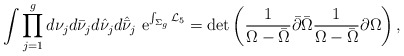
\begin{align*}\int\prod_{j=1}^gd\nu_jd\bar\nu_jd\hat\nu_jd\hat{\bar \nu}_j\,\,{\rm e}^{\int_{\Sigma_g}{\cal L}_5}=\det\left({1\over \Omega-\bar\Omega}\bar\partial\bar\Omega{1\over \Omega-\bar \Omega}\partial\Omega\right),\end{align*}